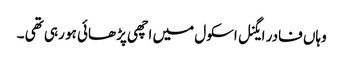
وہاں فادر ایگنل اسکول میں اچھی پڑھائی ہو رہی تھی ۔